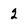
Character: 2